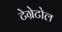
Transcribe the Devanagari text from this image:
टेग्रेटोल